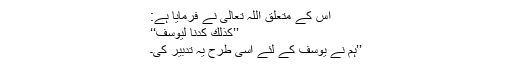
اس کے متعلق اللہ تعالیٰ نے فرمایا ہے:
’’كَذَٰلِكَ كِدْنَا لِيُوسُفَ‘‘
’’ہم نے یوسف کے لئے اسی طرح یہ تدبیر کی۔